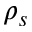
\rho _ { s }